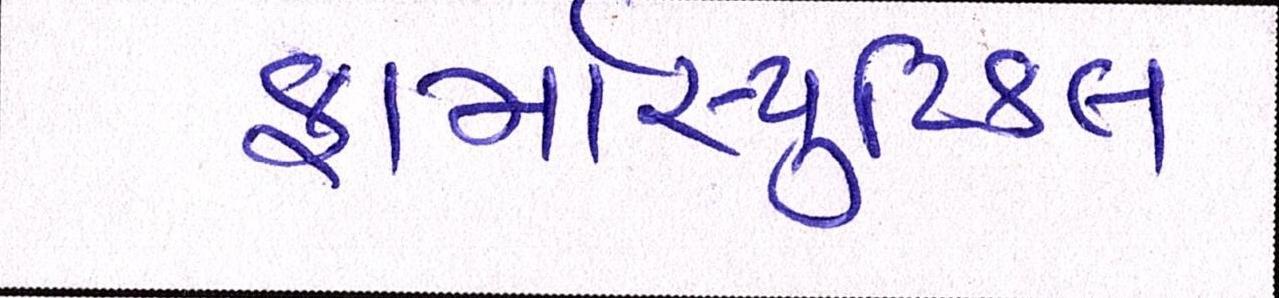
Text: ફાર્માસ્યુટિકલ